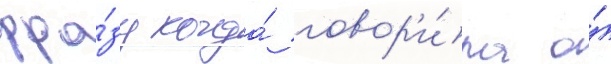
фра́зу когда́ говор'и́ла о́